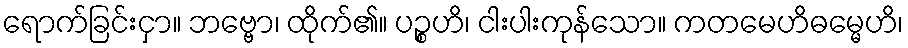
ရောက်ခြင်းငှာ။ ဘဗ္ဗော၊ ထိုက်၏။ ပဉ္စဟိ၊ ငါးပါးကုန်သော။ ကတမေဟိဓမ္မေဟိ၊